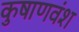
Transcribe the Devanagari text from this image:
कुषाणवंश